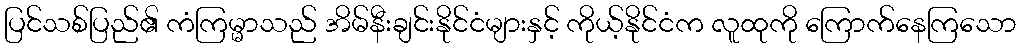
ပြင်သစ်ပြည်၏ ကံကြမ္မာသည် အိမ်နီးချင်းနိုင်ငံများနှင့် ကိုယ့်နိုင်ငံက လူထုကို ကြောက်နေကြသော